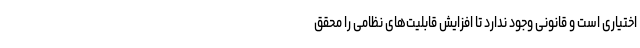
اختیاری است و قانونی وجود ندارد تا افزایش قابلیت‌های نظامی را محقق